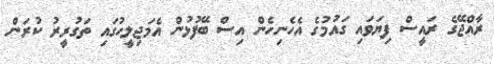
ރާއްޖޭގެ ރައީސް ފިޔަވައި ގައުމުގެ އެހެނިހެން އިސް ބޭފުޅުން އެމަޖިލީހުގައި ތަގުރީރު ކުރަން